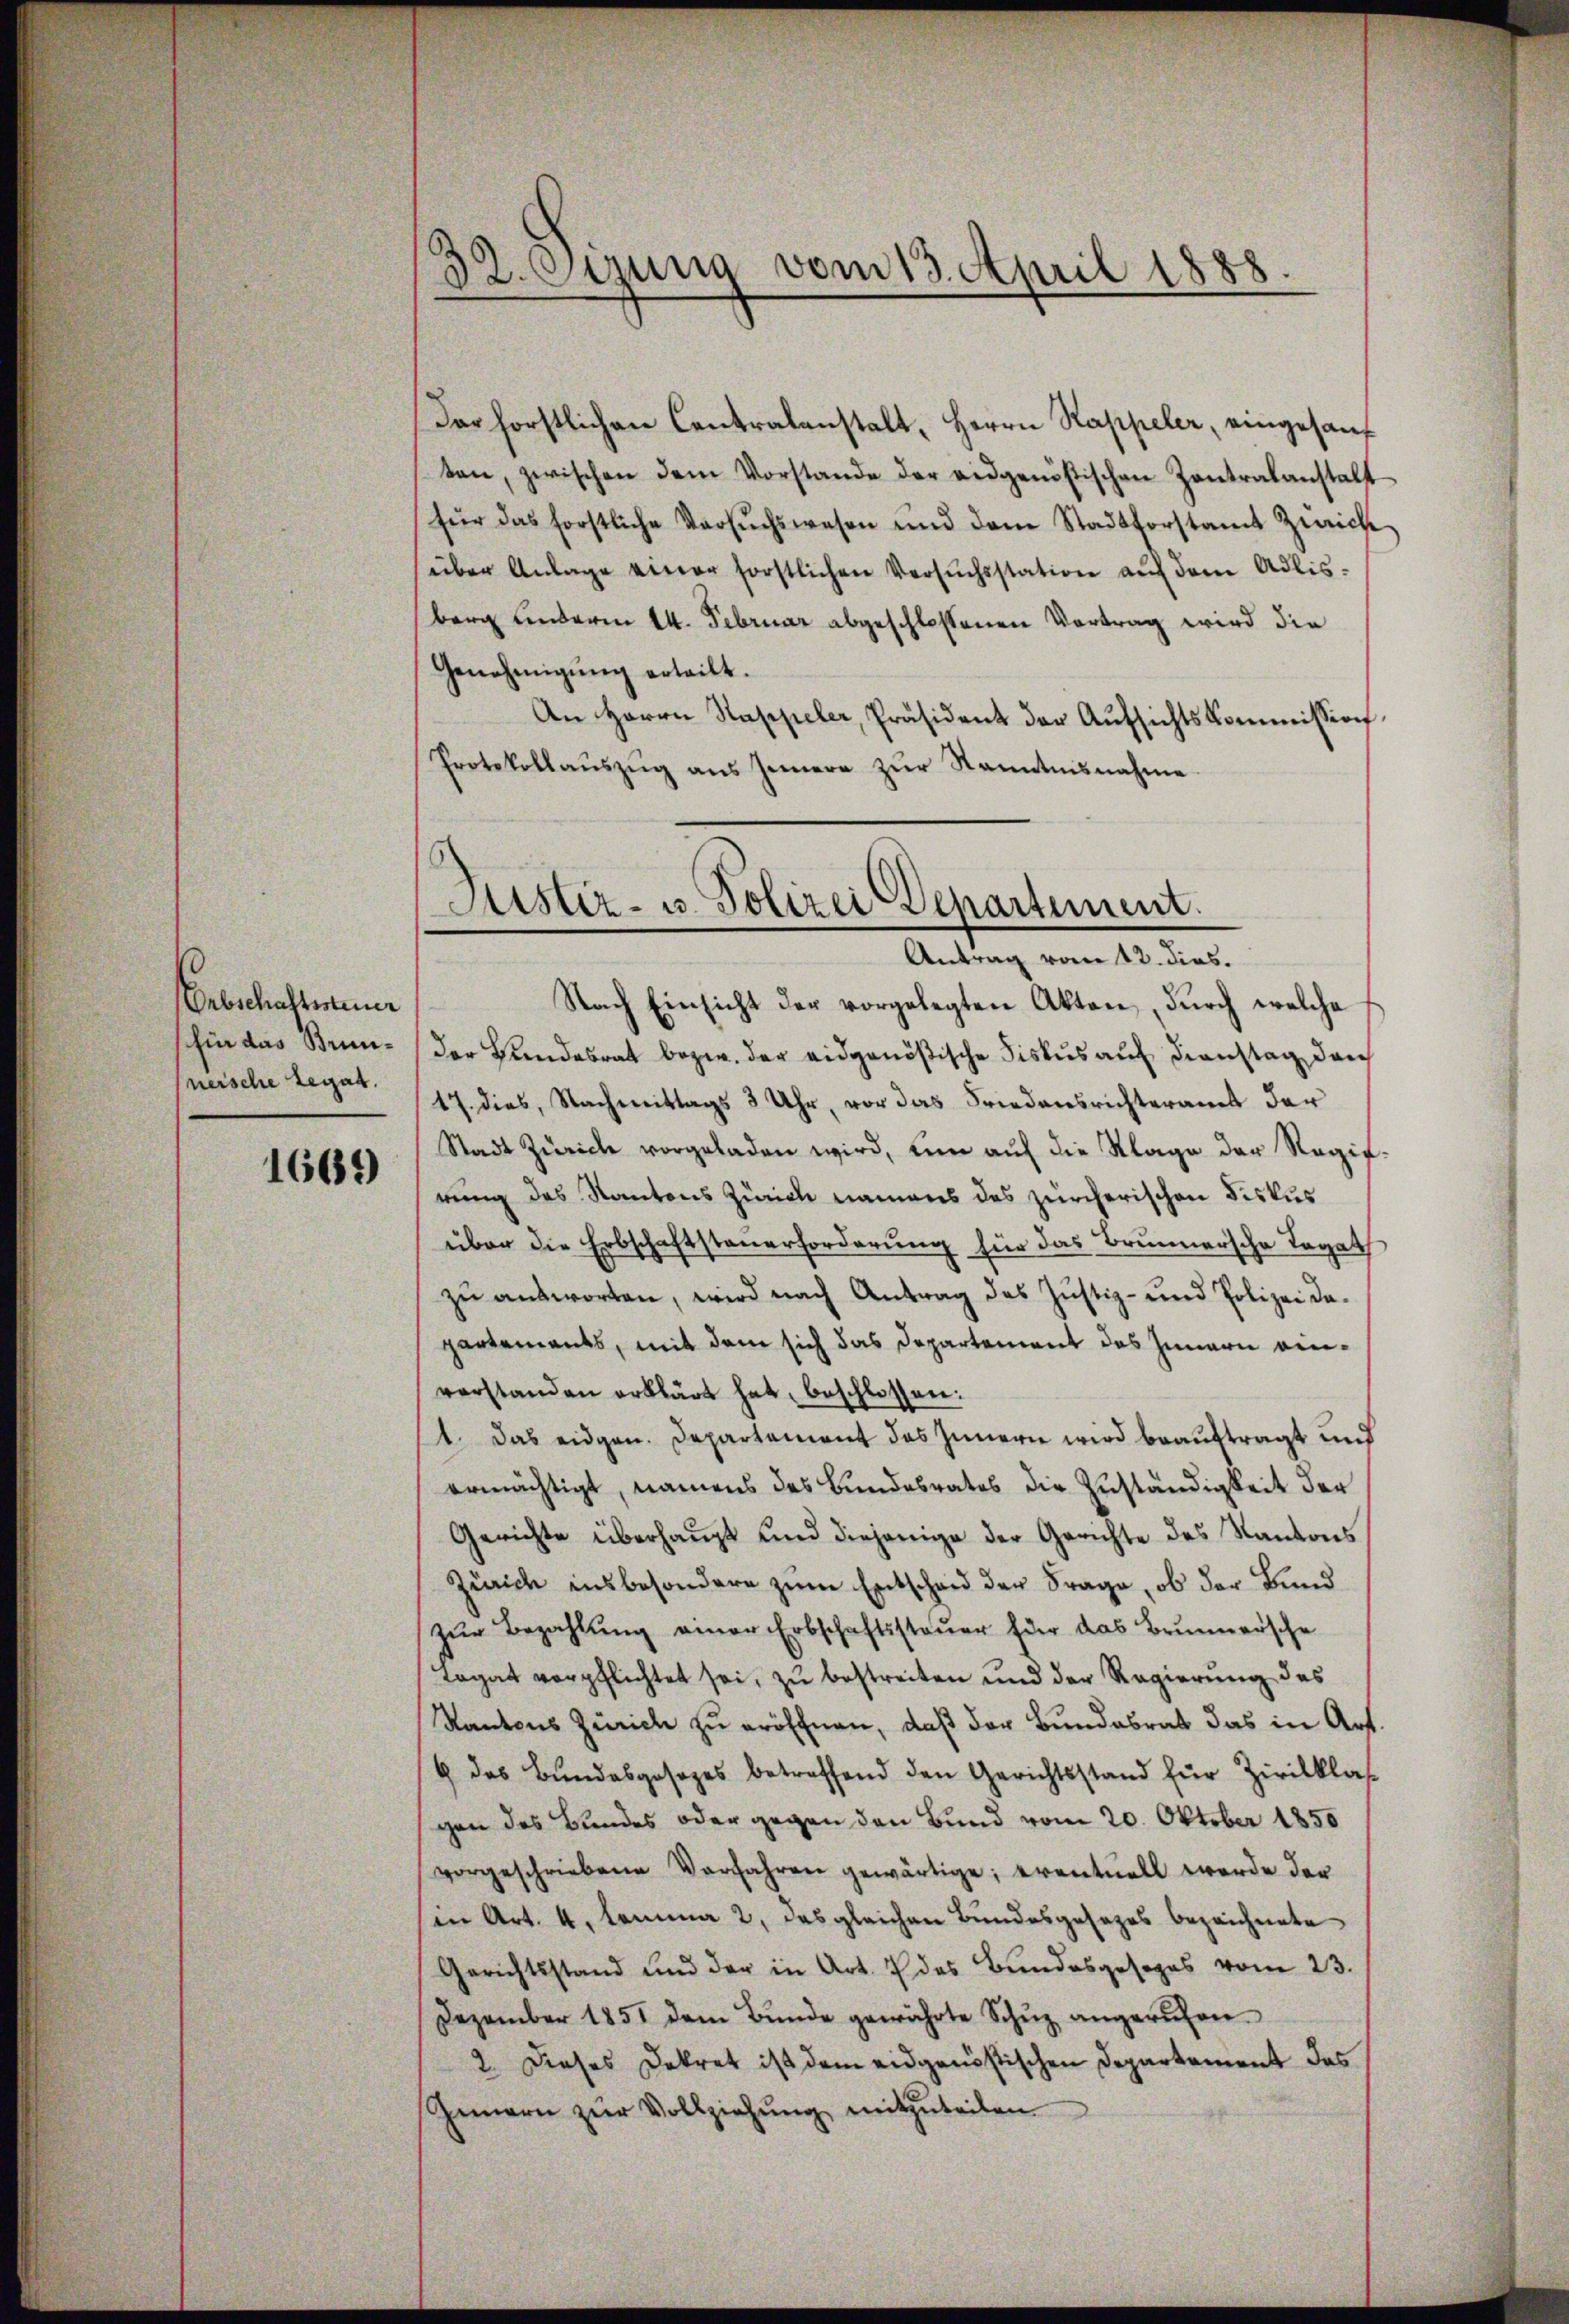
Erbschattenener
shin das Stunneische Legat.

1669

32. Oczung vom 13. April 1888.

Dar hörstlichen Centralanstalt, Herrn Kappeler, eingesauf
ten, zwischen dem Vorstande der eidgenössischen Zentralanstalt
für das forstliche Versŭchswesen und dem Stadtforstamt Zürich
über Anlage einer forstlichen Versŭchsstation aŭf dem Adlis-
berg anderm 14. Februar abgeschlossenen Vortrag wird die
Genehmigŭng erteilt.
An Herrn Stappeler, Präsident der Aufsichtskommission
Protokollaŭszŭg ans Innere zŭr Kenntnisnahme.

Justiz- u. Polizei Departement.
Antrag vom 13. dies.

Nach Einsicht der vorgelegten Akten, dŭrch welche
Der Beendesrat bezw. der eidgenößische Fiskus auf Dienstag, durch
17. dies, Nachmittags 3 Uhr, vor das Friedensrichteramt der
Stadt Zürich vorgeladen wird, um auf die Klage der Regie
rung des Kantons Zürich namens des zürcherischen Fiskus
über die Erbschaftsteuerforderung für das Brunnersche Tagath
zu antworten, wird nach Antrag des Justiz- und Polizei dapartements, mit dem sich das Departement des Innern eiverstanden erklärt hat, beschlossen:
1. Das eidgen. Departement des Innern wird beauftragt und
ermächtigt, namens des Bundesrates die Zuständigkeit der
Gerichte überhaupt und diejenige der Gerichte des Kantons
Zürich insbesondere zum Entscheid der Frage, ob der Bund
zŭr Bezahlŭng einer Erbschaftssteŭer für das Brŭnnersche
Togat verpflichtet sei, zu bestreiten und der Regierung des
Kantons Zürich zu eröfchnen, daß der Bundesrat das in Art.
6 das Bundesgesezes betreffend den Gerichtsstand für Zivilklasgen des Bundes oder gegen den Bund vom 20. Oktober 1850
vorgeschriebene Verfahren gewärtige; eventuell werde der
(in Art. 4. lemma 2, das gleichen Bundesgesezes bezeichnete
Gerichtsstand und der in Art. 7 des Bundesgesages vom 23.
Dezember 1851 dem Bŭnde gewährte Schŭz angerufen.
2. Dieses Dekret ist dem eidgenössischen Departement das
Inern zŭr Vollziehŭng mitzŭteilen.